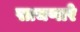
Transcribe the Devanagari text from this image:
साचणारे